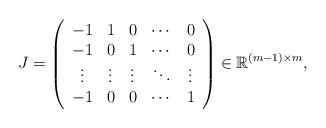
LaTeX: \begin{align*}J&=\left(\begin{array}{ccccc}-1 & 1 & 0 & \cdots & 0\\-1 & 0 & 1 & \cdots & 0\\\vdots & \vdots & \vdots & \ddots & \vdots\\-1 & 0 & 0 & \cdots & 1\\\end{array}\right)\in\mathbb{R}^{(m-1)\times m},\end{align*}